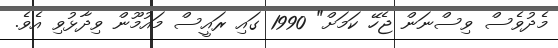
މެދުވެސް ވިސްނަން ޖެހޭ ކަމަށް" 1990 ގައި ރައީސް މައުމޫން ވިދާޅުވި އެވެ.